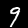
Digit: 9